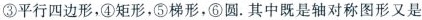
③平行四边形，④矩形，⑤梯形，⑥圆。其中既是轴对称图形又是